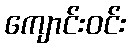
ကျောင်းဝင်း